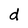
Character: d